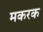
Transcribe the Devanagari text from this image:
मकरक